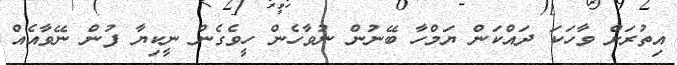
އިތުރަށް ވާހަކަ ދައްކަން ޔަމްހާ ބޭނުން ނުވާހެން ހީވެގެން ނީކިޔާ ފުން ނޭވާއެއް